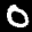
Label: 0